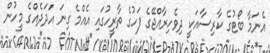
އެނަމާ ބޯޓުގެ ކާރިސާއަކީ ދިވެހިރާއްޖޭގެ ފަހުގެ ތާރީހުގައި އެއްމެ ގިނަ އަދަދެއްގެ މީހުން